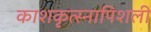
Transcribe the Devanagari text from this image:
काशकृत्स्नापिशली